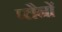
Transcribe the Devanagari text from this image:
प्लैनों